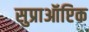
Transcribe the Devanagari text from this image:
सुप्राऑप्टिक